Report on the working of the Ranchi Indian Mental Hospital, Kanke, in Bihar and Orissa - 1930-1940
Year: 1930
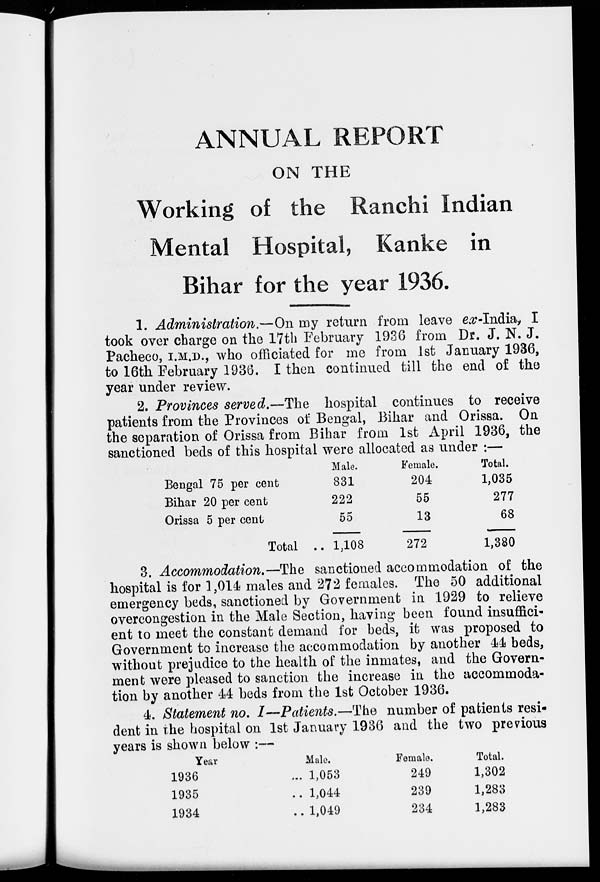
ANNUAL REPORT
ON THE
Working of the Ranchi Indian
Mental Hospital, Kanke in
Bihar for the year 1936.
1. Administration.—On my return from leave ex-India, I
took over charge on the 17th February 1936 from Dr. J. N. J.
Pacheco, I.M.D., who officiated for me from 1st January 1936,
to 16th February 1936. I then continued till the end of the
year under review.
2. Provinces served.—The hospital continues to receive
patients from the Provinces of Bengal, Bihar and Orissa. On
the separation of Orissa from Bihar from 1st April 1936, the
sanctioned beds of this hospital were allocated as under :—
Bengal 75 per cent
Bihar 20 per cent
Orissa 5 per cent
Total ..
Male.
831
222
55
1,108
Female.
204
55
13
272
Total.
1,035
277
68
1,380
3. Accommodation.—The sanctioned accommodation of the
hospital is for 1,014 males and 272 females. The 50 additional
emergency beds, sanctioned by Government in 1929 to relieve
overcongestion in the Male Section, having been found insuffici-
ent to meet the constant demand for beds, it was proposed to
Government to increase the accommodation by another 44 beds,
without prejudice to the health of the inmates, and the Govern-
ment were pleased to sanction the increase in the accommoda-
tion by another 44 beds from the 1st October 1936.
4. Statement no. I—Patients.—The number of patients resi-
dent in the hospital on 1st January 1936 and the two previous
years is shown below :—
Year
1936 ..
1935 ..
1934 ..
Male.
1,053
1,044
1,049
Female.
249
239
234
Total.
1,302
1,283
1,283